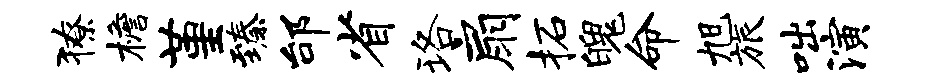
獠檐堇臻邰省珞扇柘魄命旭旅咄演